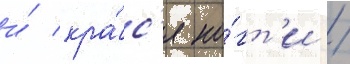
и́ кра́с'я но́гт'и /